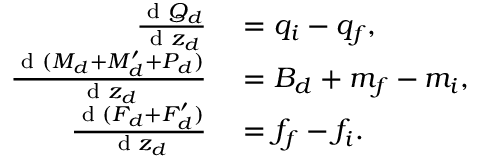
\begin{array} { r l } { \frac { \textnormal { d } Q _ { d } } { \textnormal { d } z _ { d } } } & { { } = q _ { i } - q _ { f } , } \\ { \frac { \textnormal { d } ( M _ { d } + M _ { d } ^ { \prime } + P _ { d } ) } { \textnormal { d } z _ { d } } } & { { } = B _ { d } + m _ { f } - m _ { i } , } \\ { \frac { \textnormal { d } ( F _ { d } + F _ { d } ^ { \prime } ) } { \textnormal { d } z _ { d } } } & { { } = f _ { f } - f _ { i } . } \end{array}